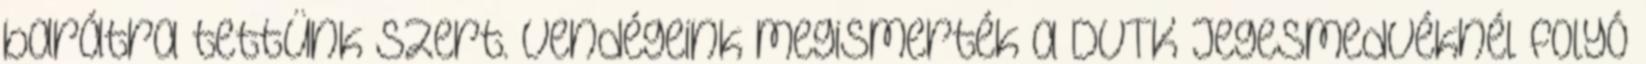
barátra tettünk szert. Vendégeink megismerték a DVTK Jegesmedvéknél folyó